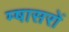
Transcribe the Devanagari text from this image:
म्षासरों